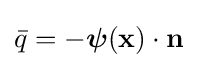
{\bar {q}}=-{\boldsymbol {\psi }}(\mathbf {x} )\cdot \mathbf {n}